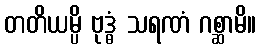
တတိယမ္ပိ ဗုဒ္ဓံ သရဏံ ဂစ္ဆာမိ။